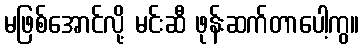
မဖြစ်အောင်လို့ မင်းဆီ ဖုန်းဆက်တာပေါ့ကွ။